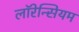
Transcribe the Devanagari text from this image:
लॉरेन्सियम